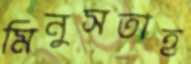
মিনুসতাহ